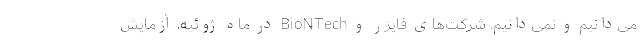
می‌دانیم و نمی‌دانیم. شرکت‌های فایزر و BioNTech در ماه ژوئیه، آزمایش